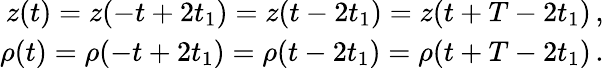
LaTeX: \begin{array}{r}{z(t)=z(-t+2t_{1})=z(t-2t_{1})=z(t+T-2t_{1})\, ,}\\ {\rho(t)=\rho(-t+2t_{1})=\rho(t-2t_{1})=\rho(t+T-2t_{1})\, .}\end{array}